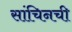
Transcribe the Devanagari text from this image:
सांचिनची